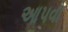
આપવો